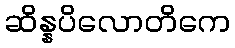
ဆိန္နပိလောတိကေ